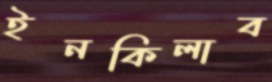
ইনকিলাব